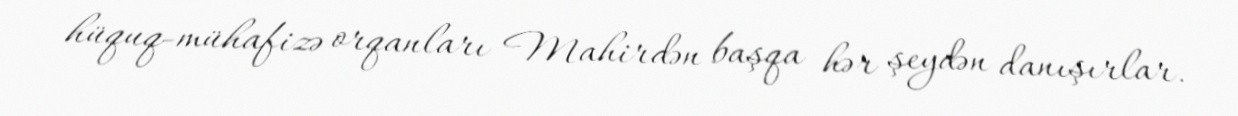
hüquq-mühafizə orqanları Mahirdən başqa hər şeydən danışırlar.